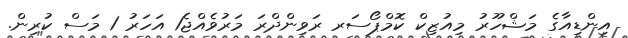
އިންޑިއާގެ މަޝްހޫރު މިއުޒިކް ކޮމްޕޯސަރ ރަވިންދްރަ މަރުވެއްޖެ1 އަހަރު 1 މަސް ކުރިން.